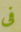
فى